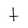
Character: t